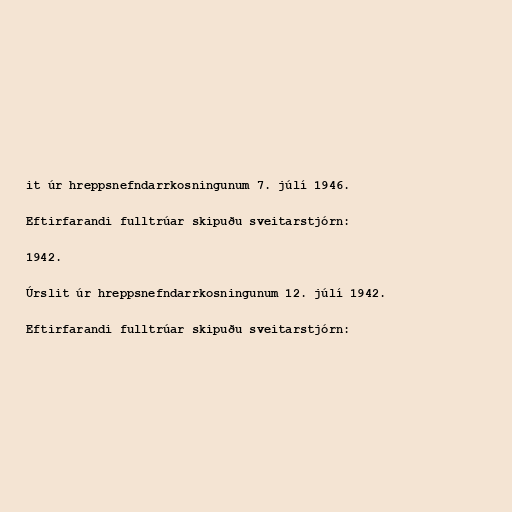
it úr hreppsnefndarrkosningunum 7. júlí 1946.

Eftirfarandi fulltrúar skipuðu sveitarstjórn:

1942.

Úrslit úr hreppsnefndarrkosningunum 12. júlí 1942.

Eftirfarandi fulltrúar skipuðu sveitarstjórn: